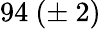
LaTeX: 94\ (\pm\ 2)